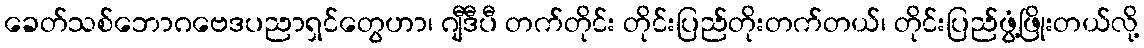
ခေတ်သစ်ဘောဂဗေဒပညာရှင်တွေဟာ၊ ဂျီဒီပီ တက်တိုင်း တိုင်းပြည်တိုးတက်တယ်၊ တိုင်းပြည်ဖွံ့ဖြိုးတယ်လို့